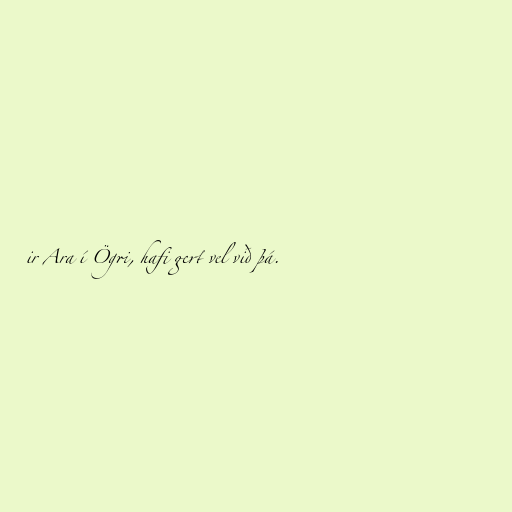
ir Ara í Ögri, hafi gert vel við þá.